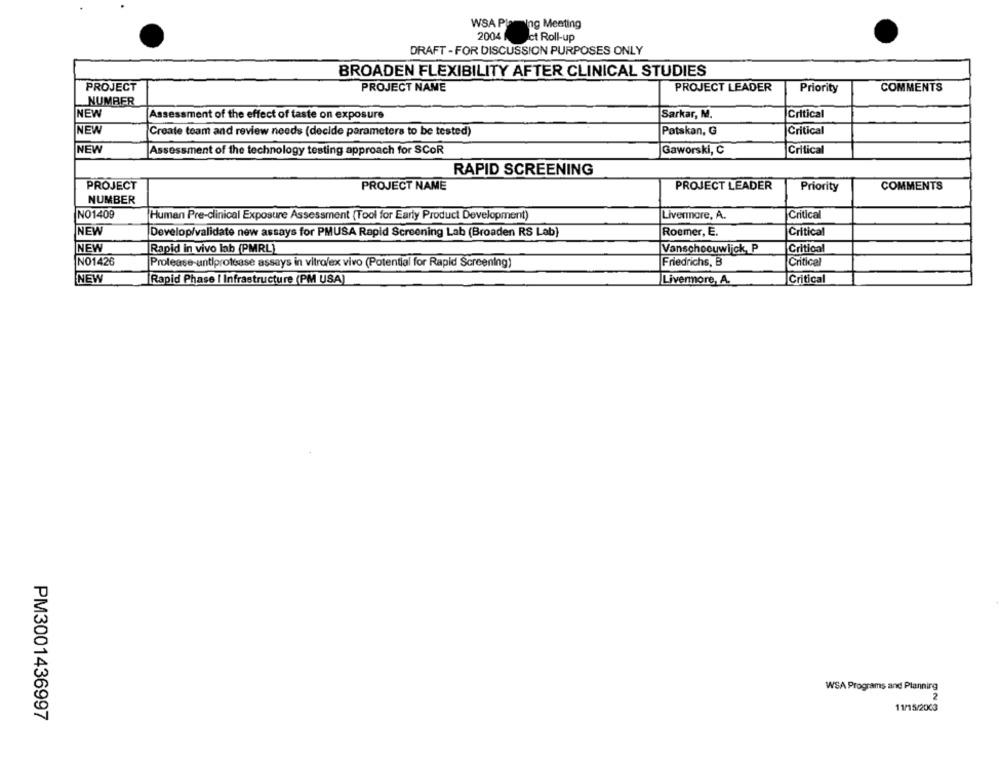
WSA Planning Meeting
2004
Ict Roll-up
DRAFT - FOR DISCUSSION PURPOSES ONLY
BROADEN FLEXIBILITY AFTER CLINICAL STUDIES
PROJECT
PROJECT NAME
PROJECT LEADER
Priority
COMMENTS
NUMAFR
NEW
Assessment of the effect of taste on exposure
Sarkar, M.
Critical
NEW
Critical
Create team and review needs (decide parameters to be tested)
Patskan, G
NEW
Assessment of the technology testing approach for SCOR
Gaworski, C
Critical
RAPID SCREENING
PROJECT
PROJECT NAME
PROJECT LEADER
Priority
COMMENTS
NUMBER
NO1409
Critical
Human Pre-clinical Exposure Assessment (Tool for Early Product Development)
Livermore, A.
NEW
Develop/validate new assays for PMUSA Rapid Screening Lab (Broaden RS Lab)
Roemer, E.
Critical
NEW
Rapid in vivo lab (PMRL)
Vanschoouwijck, P
Critical
NO1426
Protease-antiprotease assays in vitro/ex vivo (Potential for Rapid Screening)
Friedrichs, B
Critical
NEW
Rapid Phase I Infrastructure (PM USA)
Livermore, A.
Critical
WSA Programs and Planning
2
11/15/2003
PM3001436997